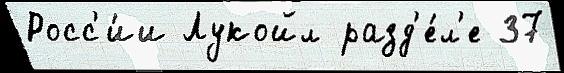
Росс'и́и Лукойл разд'е́л'е 37